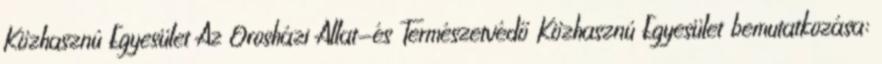
Közhasznú Egyesület Az Orosházi Állat-és Természetvédő Közhasznú Egyesület bemutatkozása: